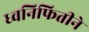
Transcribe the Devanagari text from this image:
ध्वनिफितीने